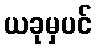
ယခုမှပင်